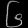
Digit: ၆